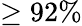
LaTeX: \geq 92\%